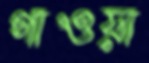
গাওয়া